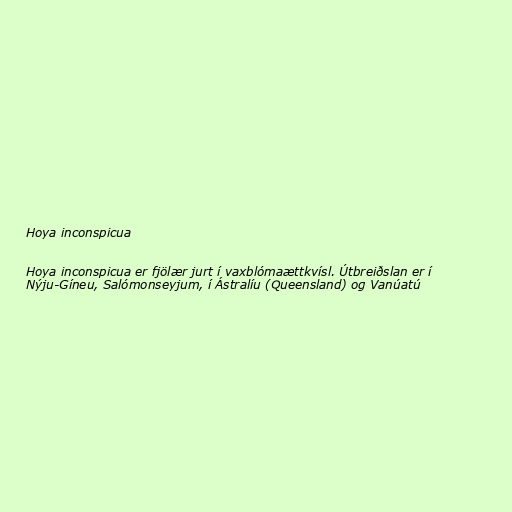
Hoya inconspicua

Hoya inconspicua er fjölær jurt í vaxblómaættkvísl. Útbreiðslan er í
Nýju-Gíneu, Salómonseyjum, í Ástralíu (Queensland) og Vanúatú